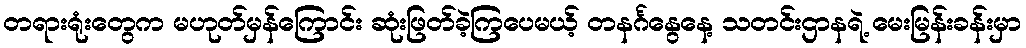
တရားရုံးတွေက မဟုတ်မှန်ကြောင်း ဆုံးဖြတ်ခဲ့ကြပေမယ့် တနင်္ဂနွေနေ့ သတင်းဌာနရဲ့ မေးမြန်းခန်းမှာ